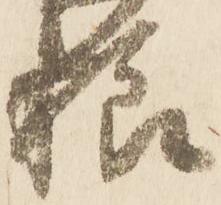
粮